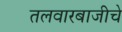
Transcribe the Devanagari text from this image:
तलवारबाजीचे